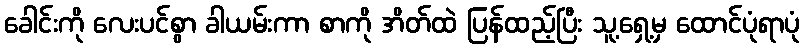
ခေါင်းကို လေးပင်စွာ ခါယမ်းကာ စာကို အိတ်ထဲ ပြန်ထည့်ပြီး သူ့ရှေ့မှ ထောင်ပုံရာပုံ